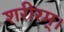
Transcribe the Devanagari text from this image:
शरीरम्।